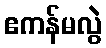
ဧကန်မလွဲ